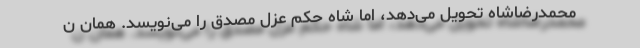
محمدرضاشاه تحویل می‌دهد، اما شاه حکم عزل مصدق را می‌نویسد. همان ن